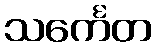
သင်္ကေတ